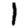
Digit: 1